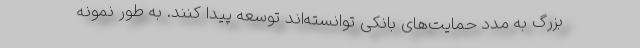
بزرگ به مدد حمایت‌های بانکی توانسته‌اند توسعه پیدا کنند. به طور نمونه